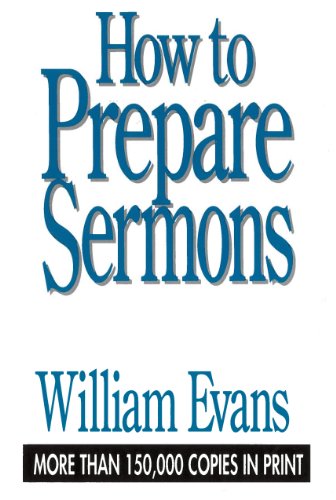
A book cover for How To Prepare Sermons; William Evans; Christian Books & Bibles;